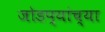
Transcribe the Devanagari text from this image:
जोडप्यांच्या